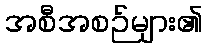
အစီအစဉ်များ၏